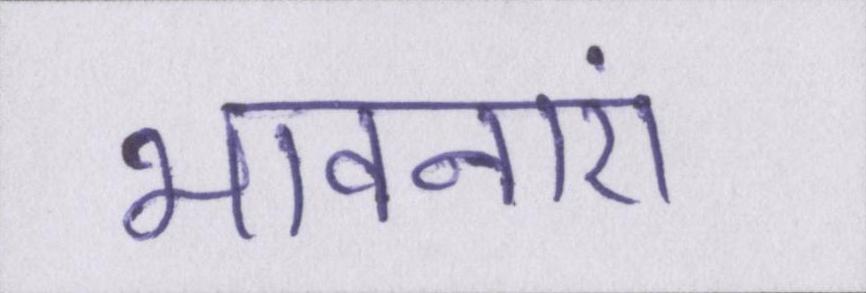
भावनाएं